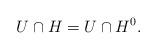
LaTeX: \begin{align*}U\cap H = U\cap H^0.\end{align*}